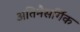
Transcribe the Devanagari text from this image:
अतिनैसर्गिक